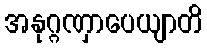
အနုဂ္ဂဏှာပေယျာတိ